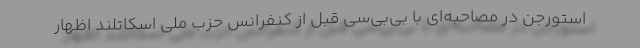
استورجن در مصاحبه‌ای با بی‌بی‌سی قبل از کنفرانس حزب ملی اسکاتلند اظهار